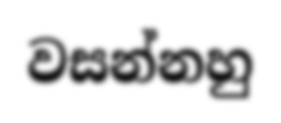
වසන්නහු